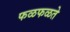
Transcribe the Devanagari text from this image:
फळफळते